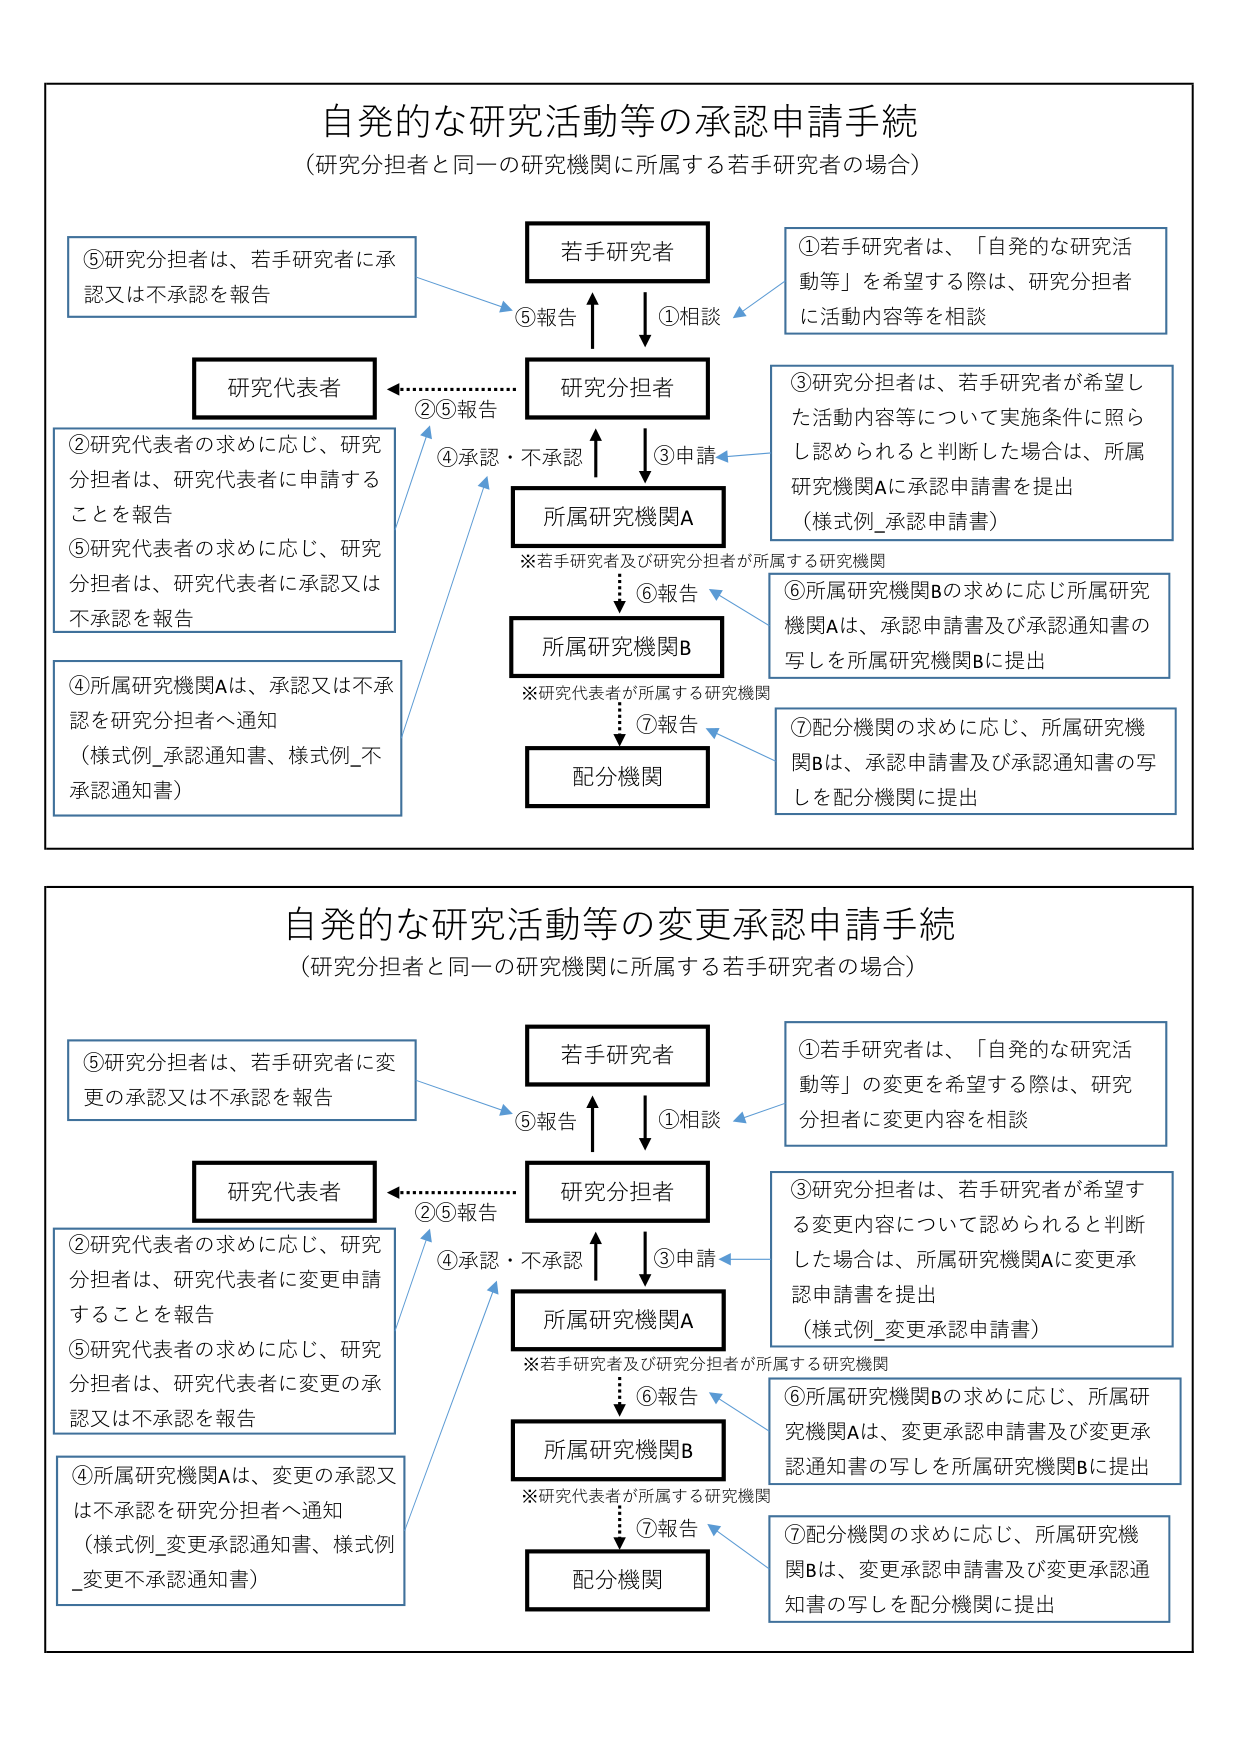
自発的な研究活動等の承認申請手続
（研究分担者と同一の研究機関に所属する若手研究者の場合）

①若手研究者は、「自発的な研究活動等」を希望する際は、研究分担者に活動内容等を相談

③研究分担者は、若手研究者が希望した活動内容等について実施条件に照らし認められると判断した場合は、所属研究機関Aに承認申請書を提出
（様式例_承認申請書）

⑥所属研究機関Bの求めに応じ所属研究機関Aは、承認申請書及び承認通知書の写しを所属研究機関Bに提出

⑦配分機関の求めに応じ、所属研究機関Bは、承認申請書及び承認通知書の写しを配分機関に提出

②研究代表者の求めに応じ、研究分担者は、研究代表者に申請することを報告
⑤研究代表者の求めに応じ、研究分担者は、研究代表者に承認又は不承認を報告

④所属研究機関Aは、承認又は不承認を研究分担者へ通知
（様式例_承認通知書、様式例_不承認通知書）

⑤研究分担者は、若手研究者に承認又は不承認を報告

若手研究者
↓①相談
研究分担者
↑⑤報告
研究代表者
←②⑤報告
所属研究機関A
↑③申請
↓④承認・不承認
所属研究機関B
↓⑥報告
配分機関
↓⑦報告

※若手研究者及び研究分担者が所属する研究機関
※研究代表者が所属する研究機関

自発的な研究活動等の変更承認申請手続
（研究分担者と同一の研究機関に所属する若手研究者の場合）

①若手研究者は、「自発的な研究活動等」の変更を希望する際は、研究分担者に変更内容を相談

③研究分担者は、若手研究者が希望する変更内容について認められると判断した場合は、所属研究機関Aに変更承認申請書を提出
（様式例_変更承認申請書）

⑥所属研究機関Bの求めに応じ、所属研究機関Aは、変更承認申請書及び変更承認通知書の写しを所属研究機関Bに提出

⑦配分機関の求めに応じ、所属研究機関Bは、変更承認申請書及び変更承認通知書の写しを配分機関に提出

②研究代表者の求めに応じ、研究分担者は、研究代表者に変更申請することを報告
⑤研究代表者の求めに応じ、研究分担者は、研究代表者に変更の承認又は不承認を報告

④所属研究機関Aは、変更の承認又は不承認を研究分担者へ通知
（様式例_変更承認通知書、様式例_変更不承認通知書）

⑤研究分担者は、若手研究者に変更の承認又は不承認を報告

若手研究者
↓①相談
研究分担者
↑⑤報告
研究代表者
←②⑤報告
所属研究機関A
↑③申請
↓④承認・不承認
所属研究機関B
↓⑥報告
配分機関
↓⑦報告

※若手研究者及び研究分担者が所属する研究機関
※研究代表者が所属する研究機関